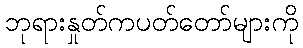
ဘုရားနှုတ်ကပတ်တော်များကို